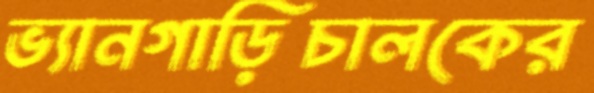
ভ্যানগাড়িচালকের